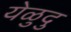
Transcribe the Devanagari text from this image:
येळुदु